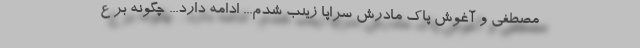
مصطفی و آغوش پاک مادرش سراپا زینب شدم... ادامه دارد... چگونه بر ع